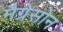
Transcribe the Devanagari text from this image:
मैग्रेसोन